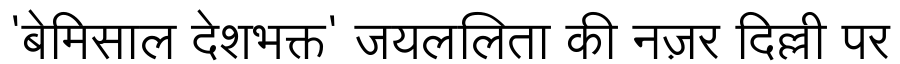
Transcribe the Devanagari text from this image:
'बेमिसाल देशभक्त' जयललिता की नज़र दिल्ली पर